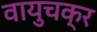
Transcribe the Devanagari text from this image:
वायुचक्र